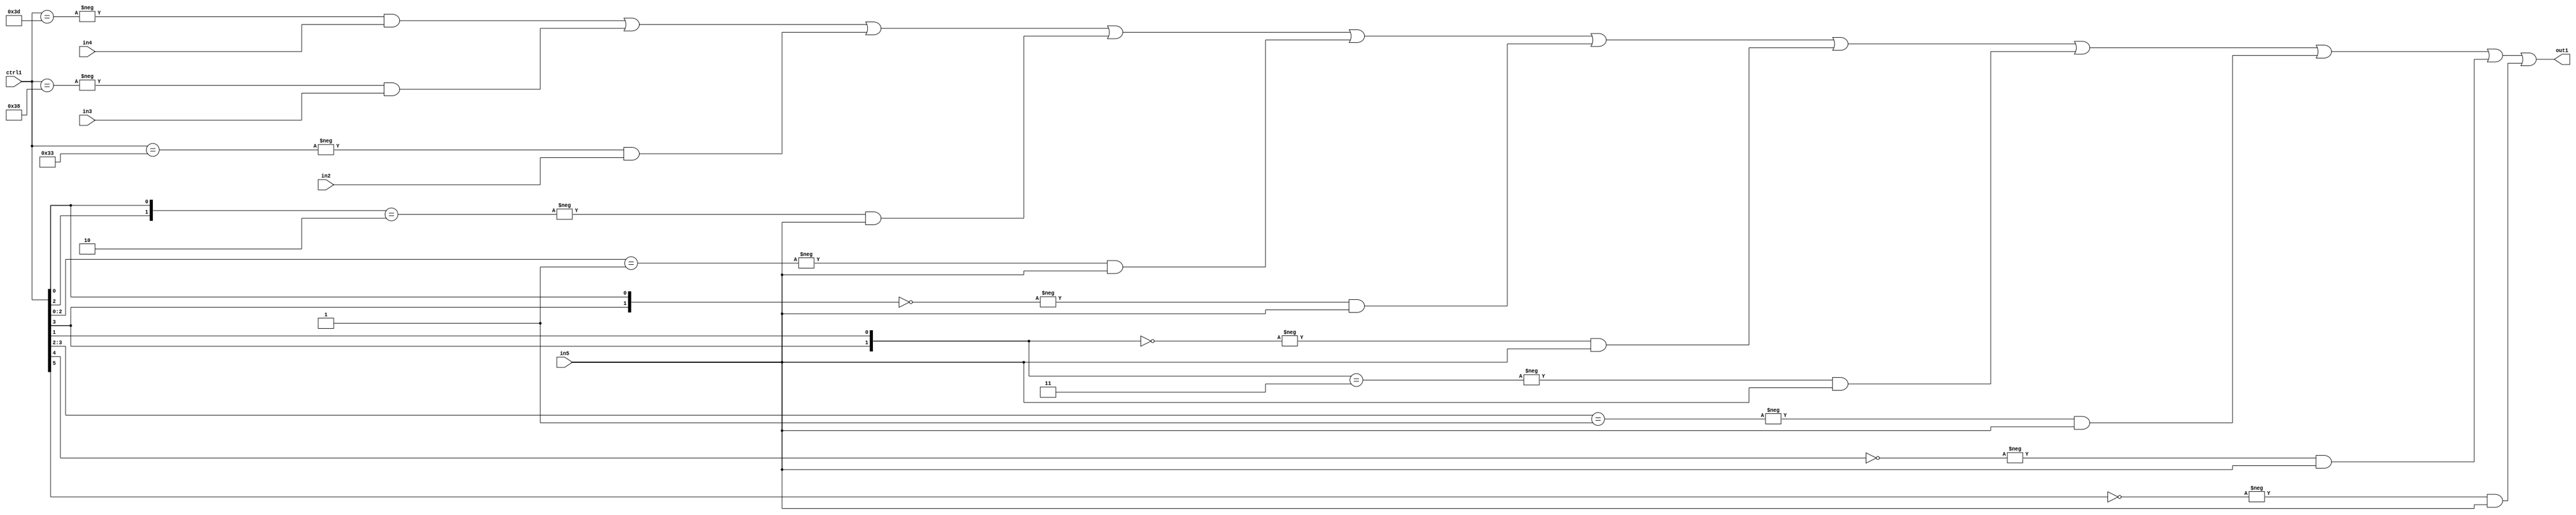
`timescale 1ps / 1ps
/*****************************************************************************
    Verilog RTL Description
    
    
    Created by: Stratus DpOpt 21.05.01 
*******************************************************************************/

module SobelFilter_N_Mux_32_4_35_1 (
	in5,
	in4,
	in3,
	in2,
	ctrl1,
	out1
	); /* architecture "behavioural" */ 
input [31:0] in5;
input [8:0] in4,
	in3,
	in2;
input [5:0] ctrl1;
output [31:0] out1;
wire [31:0] asc001;

assign asc001 = 
	-{ctrl1 == 6'B111101} & in4 |
	-{ctrl1 == 6'B111000} & in3 |
	-{ctrl1 == 6'B110011} & in2 |
	-{{ctrl1[2], ctrl1[0]} == 2'B10} & in5 |
	-{ctrl1[2:0] == 3'B001} & in5 |
	-{{ctrl1[3], ctrl1[0]} == 2'B00} & in5 |
	-{{ctrl1[3], ctrl1[1]} == 2'B00} & in5 |
	-{{ctrl1[3], ctrl1[1]} == 2'B11} & in5 |
	-{ctrl1[3:2] == 2'B01} & in5 |
	-{ctrl1[4] == 1'B0} & in5 |
	-{ctrl1[5] == 1'B0} & in5 ;

assign out1 = asc001;
endmodule

/* CADENCE  vbH2Sws= : u9/ySxbfrwZIxEzHVQQV8Q== ** DO NOT EDIT THIS LINE ******/